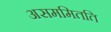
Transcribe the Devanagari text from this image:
असममितति